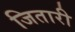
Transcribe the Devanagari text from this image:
जितारी